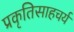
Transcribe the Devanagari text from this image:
प्रकृतिसाहचर्य